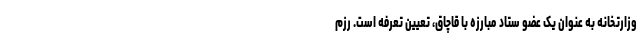
وزارتخانه به عنوان یک عضو ستاد مبارزه با قاچاق، تعیین تعرفه است. رزم